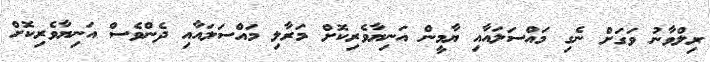
ރިލްވާނު ވަގަށް ނެގި މައްސަލައާއި ޔާމީން އަނިޔާވެރިކޮށް މަރާލި މައްސަލައާއި ދެންވެސް އަނިޔާވެރިކޮށް